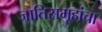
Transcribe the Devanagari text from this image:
जातिसमूहांचा